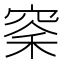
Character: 𫁏